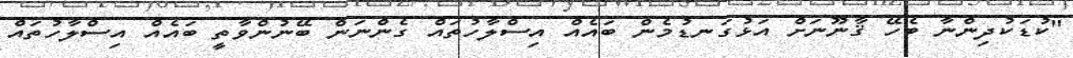
"ކުޑަކުދިންނާ ބެހޭ ޤާނޫނަށް އަޅުގަނޑުމެން ބައެއް އިސްލާހުތައް ގެންނަން ބޭނުންވާތީ ބައެއް އިސްލާހުތައް